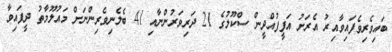
ބައިވެރިވެފައިވާއިރު އެރަށު އަފީފުއްދީން ސްކޫލުގެ 21 ދަރިވަރުންނާއި 41 ބެލެނިވެރިންނަށް މައުލޫމާތު ދީފައިވާ